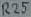
Text: R25